Scottish Leaving Certificate Examination, 1958
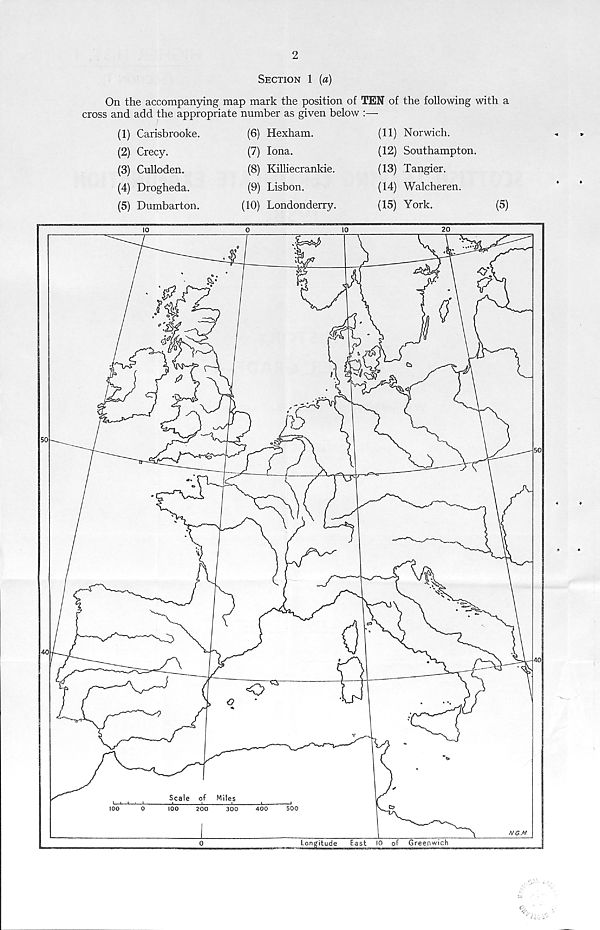
2
Section 1 (a)
On the accompanying map mark the position of TEN of the following with a
cross and add the appropriate number as given below :—
(1) Carisbrooke.
(2) Crecy.
(3) Culloden.
(4) Drogheda.
(5) Dumbarton.
(6) Hexham.
(7) Iona.
(8) Killiecrankie.
(9) Lisbon.
(10) Londonderry.
(11) Norwich.
(12) Southampton.
(13) Tangier.
(14) Walcheren.
(15) York.
(5)